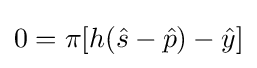
0=\pi [h({\hat {s}}-{\hat {p}})-{\hat {y}}]